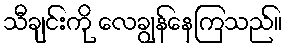
သီချင်းကို လေချွန်နေကြသည်။